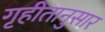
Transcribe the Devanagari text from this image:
गृहीतानुसार